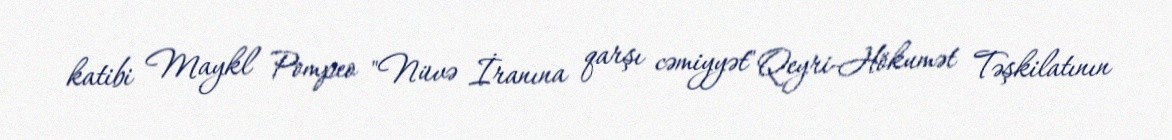
katibi Maykl Pompeo "Nüvə İranına qarşı cəmiyyət" Qeyri-Hökumət Təşkilatının